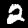
Label: 2